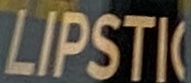
LIPSTIC